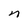
Character: n